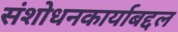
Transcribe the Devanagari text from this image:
संशोधनकार्याबद्दल